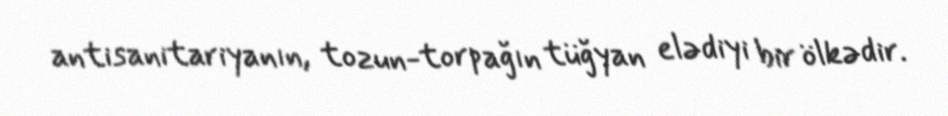
antisanitariyanın, tozun-torpağın tüğyan elədiyi bir ölkədir.